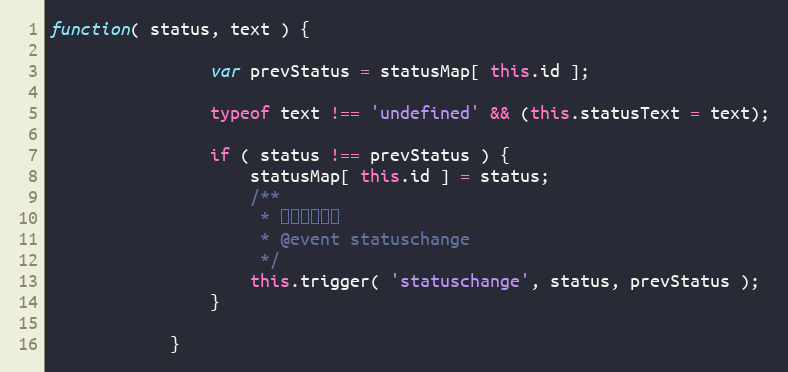
Language: JavaScript
function( status, text ) {

                var prevStatus = statusMap[ this.id ];

                typeof text !== 'undefined' && (this.statusText = text);

                if ( status !== prevStatus ) {
                    statusMap[ this.id ] = status;
                    /**
                     * 文件状态变化
                     * @event statuschange
                     */
                    this.trigger( 'statuschange', status, prevStatus );
                }

            }